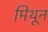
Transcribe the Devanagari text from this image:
मिथून